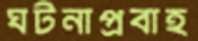
ঘটনাপ্রবাহ